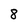
Character: 8